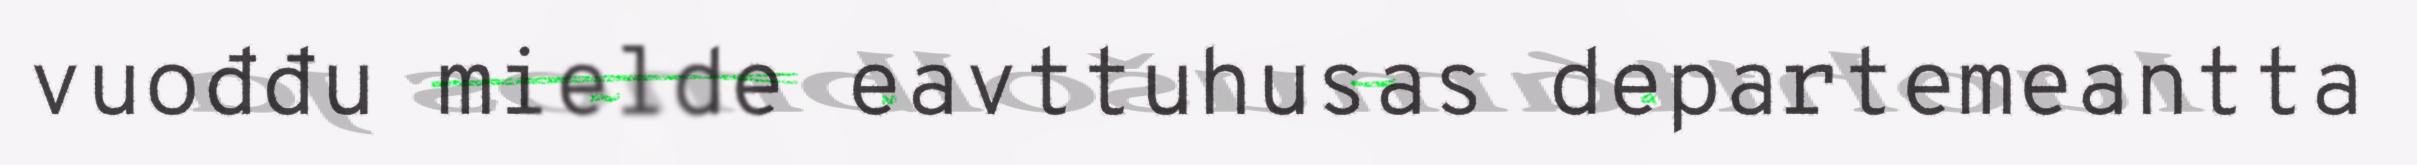
vuođđu mielde eavttuhusas departemeantta